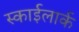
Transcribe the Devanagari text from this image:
स्काईलार्क